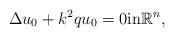
\begin{align*} \Delta u_0 +k^2qu_0=0\mbox{in} \mathbb R^n, \end{align*}